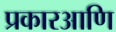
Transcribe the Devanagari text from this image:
प्रकारआणि